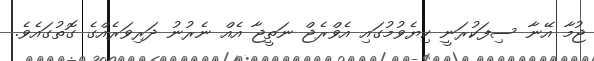
ޖުމާ އޭނާ ސިފަކުރަނީ ކިޔެވުމުގައި އެވްރެޖް ނަތީޖާ އެއް ނެރުނު ދަރިވަރެއްގެ ގޮތުގައެވެ.